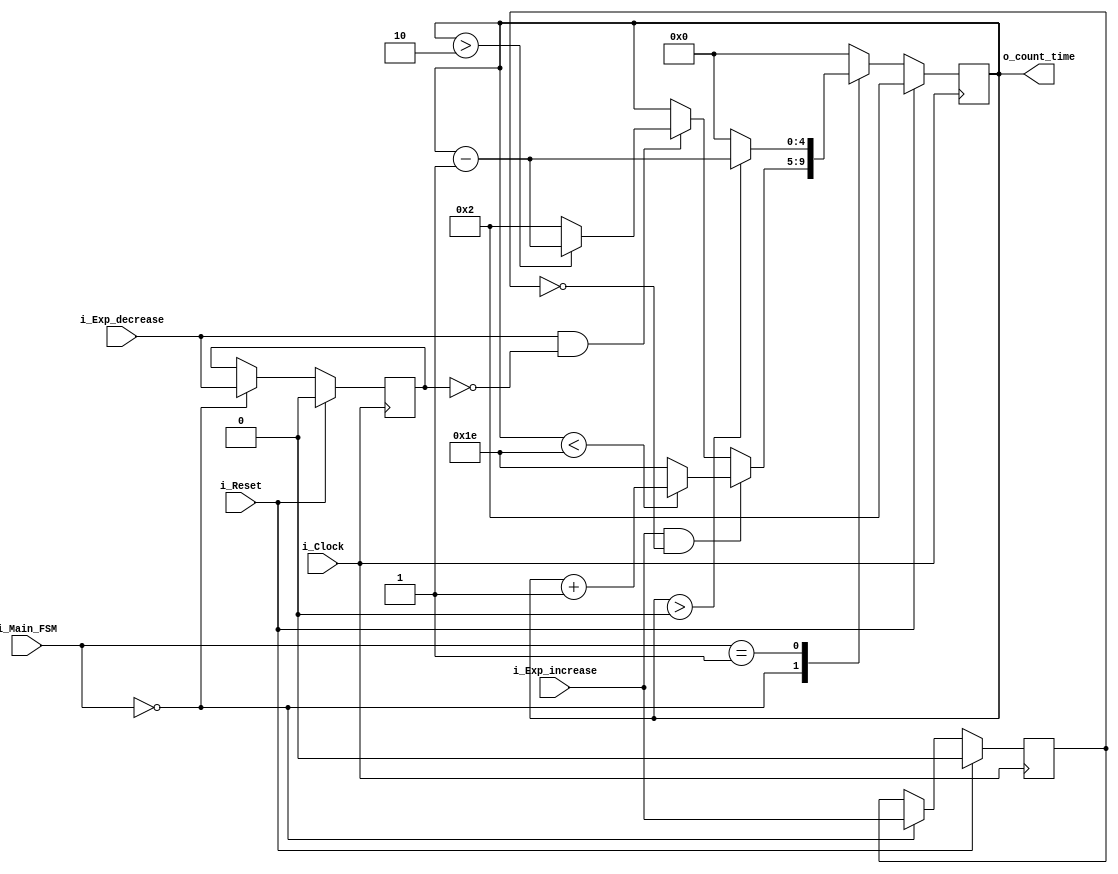
module CTRL_ex_time (i_Exp_increase, i_Exp_decrease, i_Clock, i_Reset, i_Main_FSM, o_count_time);
	input i_Exp_increase;
  	input i_Exp_decrease;
  	input i_Clock;
  	input i_Reset;
	input [1:0] i_Main_FSM;
  	output [4:0] o_count_time;
	
	parameter s_IDLE 		= 2'b00;
	parameter s_EXPOSURE	= 2'b01;
	parameter s_READOUT 	= 2'b10;
	
  	reg pre_increase = 1'b0;
  	reg pre_decrease = 1'b0;
	
	reg [4:0] r_count_time = 5'd2;

	always @(posedge i_Clock) begin
		if (i_Reset == 1'b1) begin
			pre_increase = 1'b0;
			pre_decrease = 1'b0;
	
			r_count_time = 5'd2;
		end
		else begin
			case (i_Main_FSM)
				s_IDLE : begin	//Only when FSM is in IDLE state
					if (i_Exp_increase==1'b1 && pre_increase==1'b0)	begin	//Exp_increase goes first because it has priority
						if (r_count_time < 5'd30) begin
							r_count_time <= r_count_time + 1'd1;
						end
						else begin
							r_count_time <= 5'd30;
						end
					end
					else if (i_Exp_decrease==1'b1 && pre_decrease==1'b0) begin
						if (r_count_time > 5'd2) begin
							r_count_time <= r_count_time - 1'd1;
						end
						else begin
							r_count_time <= 5'd2;
						end
					end
					pre_increase <= i_Exp_increase;
					pre_decrease <= i_Exp_decrease;
				end
				s_EXPOSURE : begin	//Only when FSM is in EXPOSURE state
					if (r_count_time > 1'b0) begin
						r_count_time <= r_count_time - 1'd1;
					end
					else begin
						r_count_time <= 5'b0;
					end
				end
				default : begin		//Any other possible case (s_READOUT)
					r_count_time <= 5'b0;
				end
			endcase
		end
	end //always@ (posedge i_Clock)
	
  	assign o_count_time = r_count_time;

endmodule //CTRL_ex_time